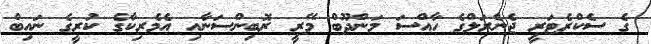
ގެ ސެކްރެޓަރީ ޖެނެރަލްގެ ހާއްސަ މަންދޫބް މޭރީ ރޮބިންސަނާއި އެމެރިކާގެ ކުރީގެ ނައިބް